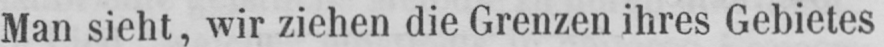
Man sieht, wir ziehen die Grenzen ihres Gebietes